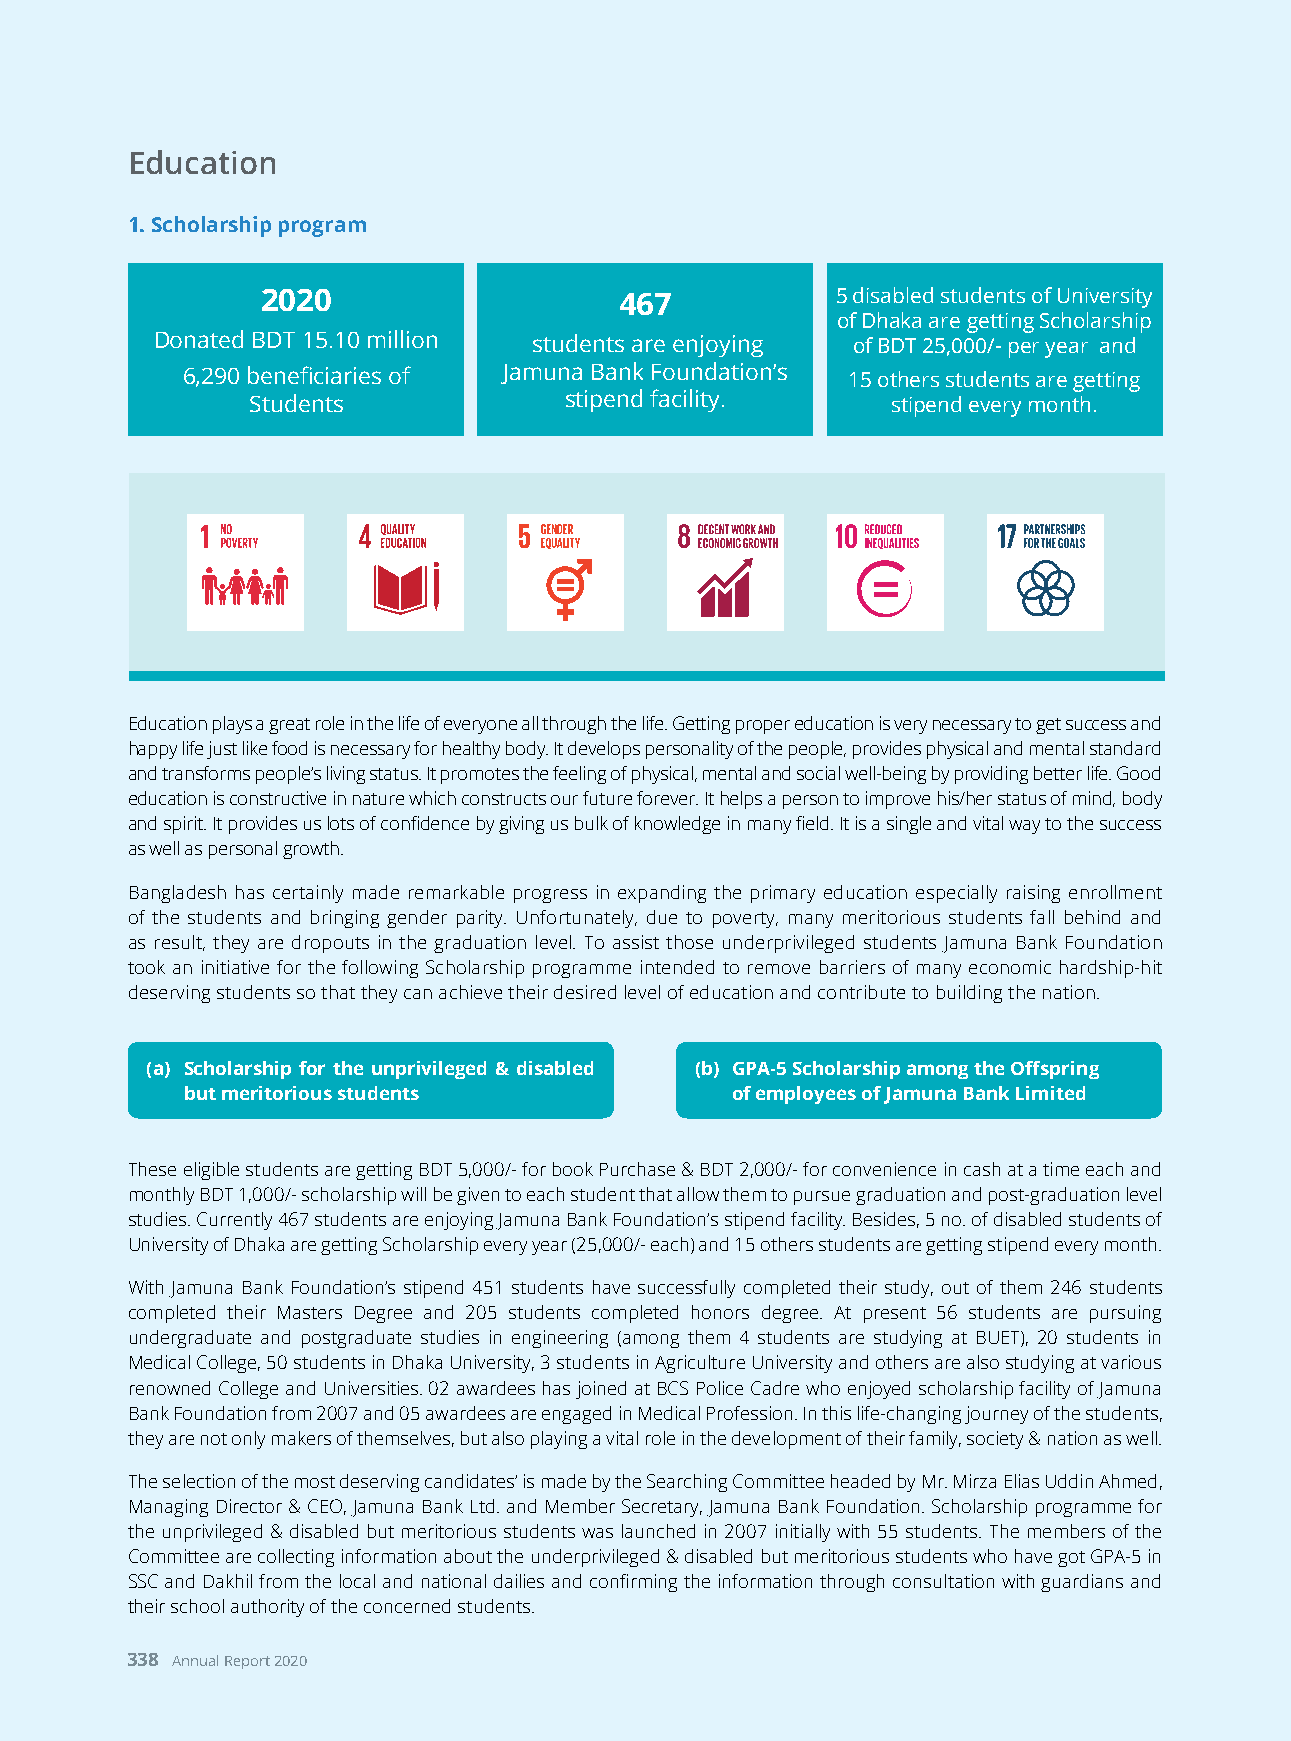
Education
 1. Scholarship program
 2020                    467           5 disabled students of University
 of Dhaka are getting Scholarship
 Donated BDT 15.10 million students are enjoying of BDT 25,000/- per year and
 6,290 beneficiaries of Jamuna Bank Foundation’s 15 others students are getting
 Students             stipend facility.     stipend every month.
 Education plays a great role in the life of everyone all through the life. Getting proper education is very necessary to get success and
 happy life just like food is necessary for healthy body. It develops personality of the people, provides physical and mental standard
 and transforms people’s living status. It promotes the feeling of physical, mental and social well-being by providing better life. Good
 education is constructive in nature which constructs our future forever. It helps a person to improve his/her status of mind, body
 and spirit. It provides us lots of confidence by giving us bulk of knowledge in many field. It is a single and vital way to the success
 as well as personal growth.
 Bangladesh has certainly made remarkable progress in expanding the primary education especially raising enrollment
 of the students and bringing gender parity. Unfortunately, due to poverty, many meritorious students fall behind and
 as result, they are dropouts in the graduation level. To assist those underprivileged students Jamuna Bank Foundation
 took an initiative for the following Scholarship programme intended to remove barriers of many economic hardship-hit
 deserving students so that they can achieve their desired level of education and contribute to building the nation.
 (a) Scholarship for the unprivileged & disabled (b) GPA-5 Scholarship among the Offspring
 but meritorious students            of employees of Jamuna Bank Limited
 These eligible students are getting BDT 5,000/- for book Purchase & BDT 2,000/- for convenience in cash at a time each and
 monthly BDT 1,000/- scholarship will be given to each student that allow them to pursue graduation and post-graduation level
 studies. Currently 467 students are enjoying Jamuna Bank Foundation’s stipend facility. Besides, 5 no. of disabled students of
 University of Dhaka are getting Scholarship every year (25,000/- each) and 15 others students are getting stipend every month.
 With Jamuna Bank Foundation’s stipend 451 students have successfully completed their study, out of them 246 students
 completed their Masters Degree and 205 students completed honors degree. At present 56 students are pursuing
 undergraduate and postgraduate studies in engineering (among them 4 students are studying at BUET), 20 students in
 Medical College, 50 students in Dhaka University, 3 students in Agriculture University and others are also studying at various
 renowned College and Universities. 02 awardees has joined at BCS Police Cadre who enjoyed scholarship facility of Jamuna
 Bank Foundation from 2007 and 05 awardees are engaged in Medical Profession. In this life-changing journey of the students,
 they are not only makers of themselves, but also playing a vital role in the development of their family, society & nation as well.
 The selection of the most deserving candidates’ is made by the Searching Committee headed by Mr. Mirza Elias Uddin Ahmed,
 Managing Director & CEO, Jamuna Bank Ltd. and Member Secretary, Jamuna Bank Foundation. Scholarship programme for
 the unprivileged & disabled but meritorious students was launched in 2007 initially with 55 students. The members of the
 Committee are collecting information about the underprivileged & disabled but meritorious students who have got GPA-5 in
 SSC and Dakhil from the local and national dailies and confirming the information through consultation with guardians and
 their school authority of the concerned students.
 338 Annual Report 2020